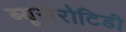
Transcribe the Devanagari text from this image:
ब्यूसेरोटिडी